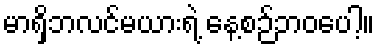
မာရှိဘလင်မယားရဲ့ နေ့စဉ်ဘဝပေါ့။